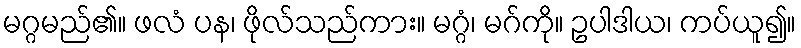
မဂ္ဂမည်၏။ ဖလံ ပန၊ ဖိုလ်သည်ကား။ မဂ္ဂံ၊ မဂ်ကို။ ဥပါဒါယ၊ ကပ်ယူ၍။